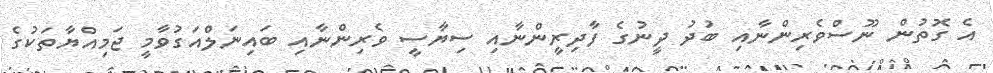
އެ ގޮތުން ނޫސްވެރިންނާއި ބުދު ދީނުގެ ފާދިރީންނާއި ސިޔާސީ ވެރިންނާއި ބައިނަލްއަގުވާމީ ޖަމިއްޔާތަކުގެ